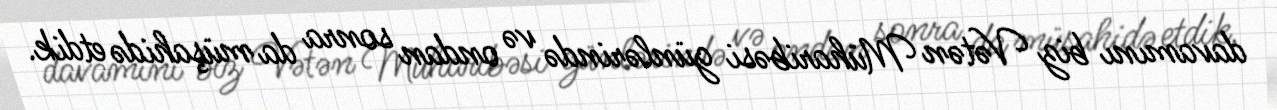
davamını biz Vətən Müharibəsi günlərində və ondan sonra da müşahidə etdik.